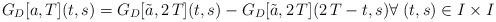
LaTeX: \begin{align*}G_D[a,T](t,s)=G_D[\tilde{a},2\,T](t,s)-G_D[\tilde{a},2\,T](2\,T-t,s) \forall \; (t,s)\in I \times I\end{align*}